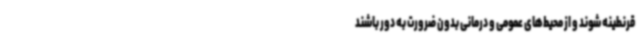
قرنطینه شوند و از محیط‌های عمومی و درمانی بدون ضرورت به دور باشند